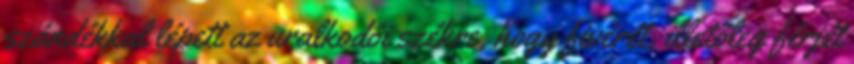
szándékkal lépett az uralkodói székre, hogy fivérét, illetőleg férjét